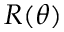
R ( \theta )